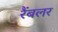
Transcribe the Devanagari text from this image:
रैंबलर